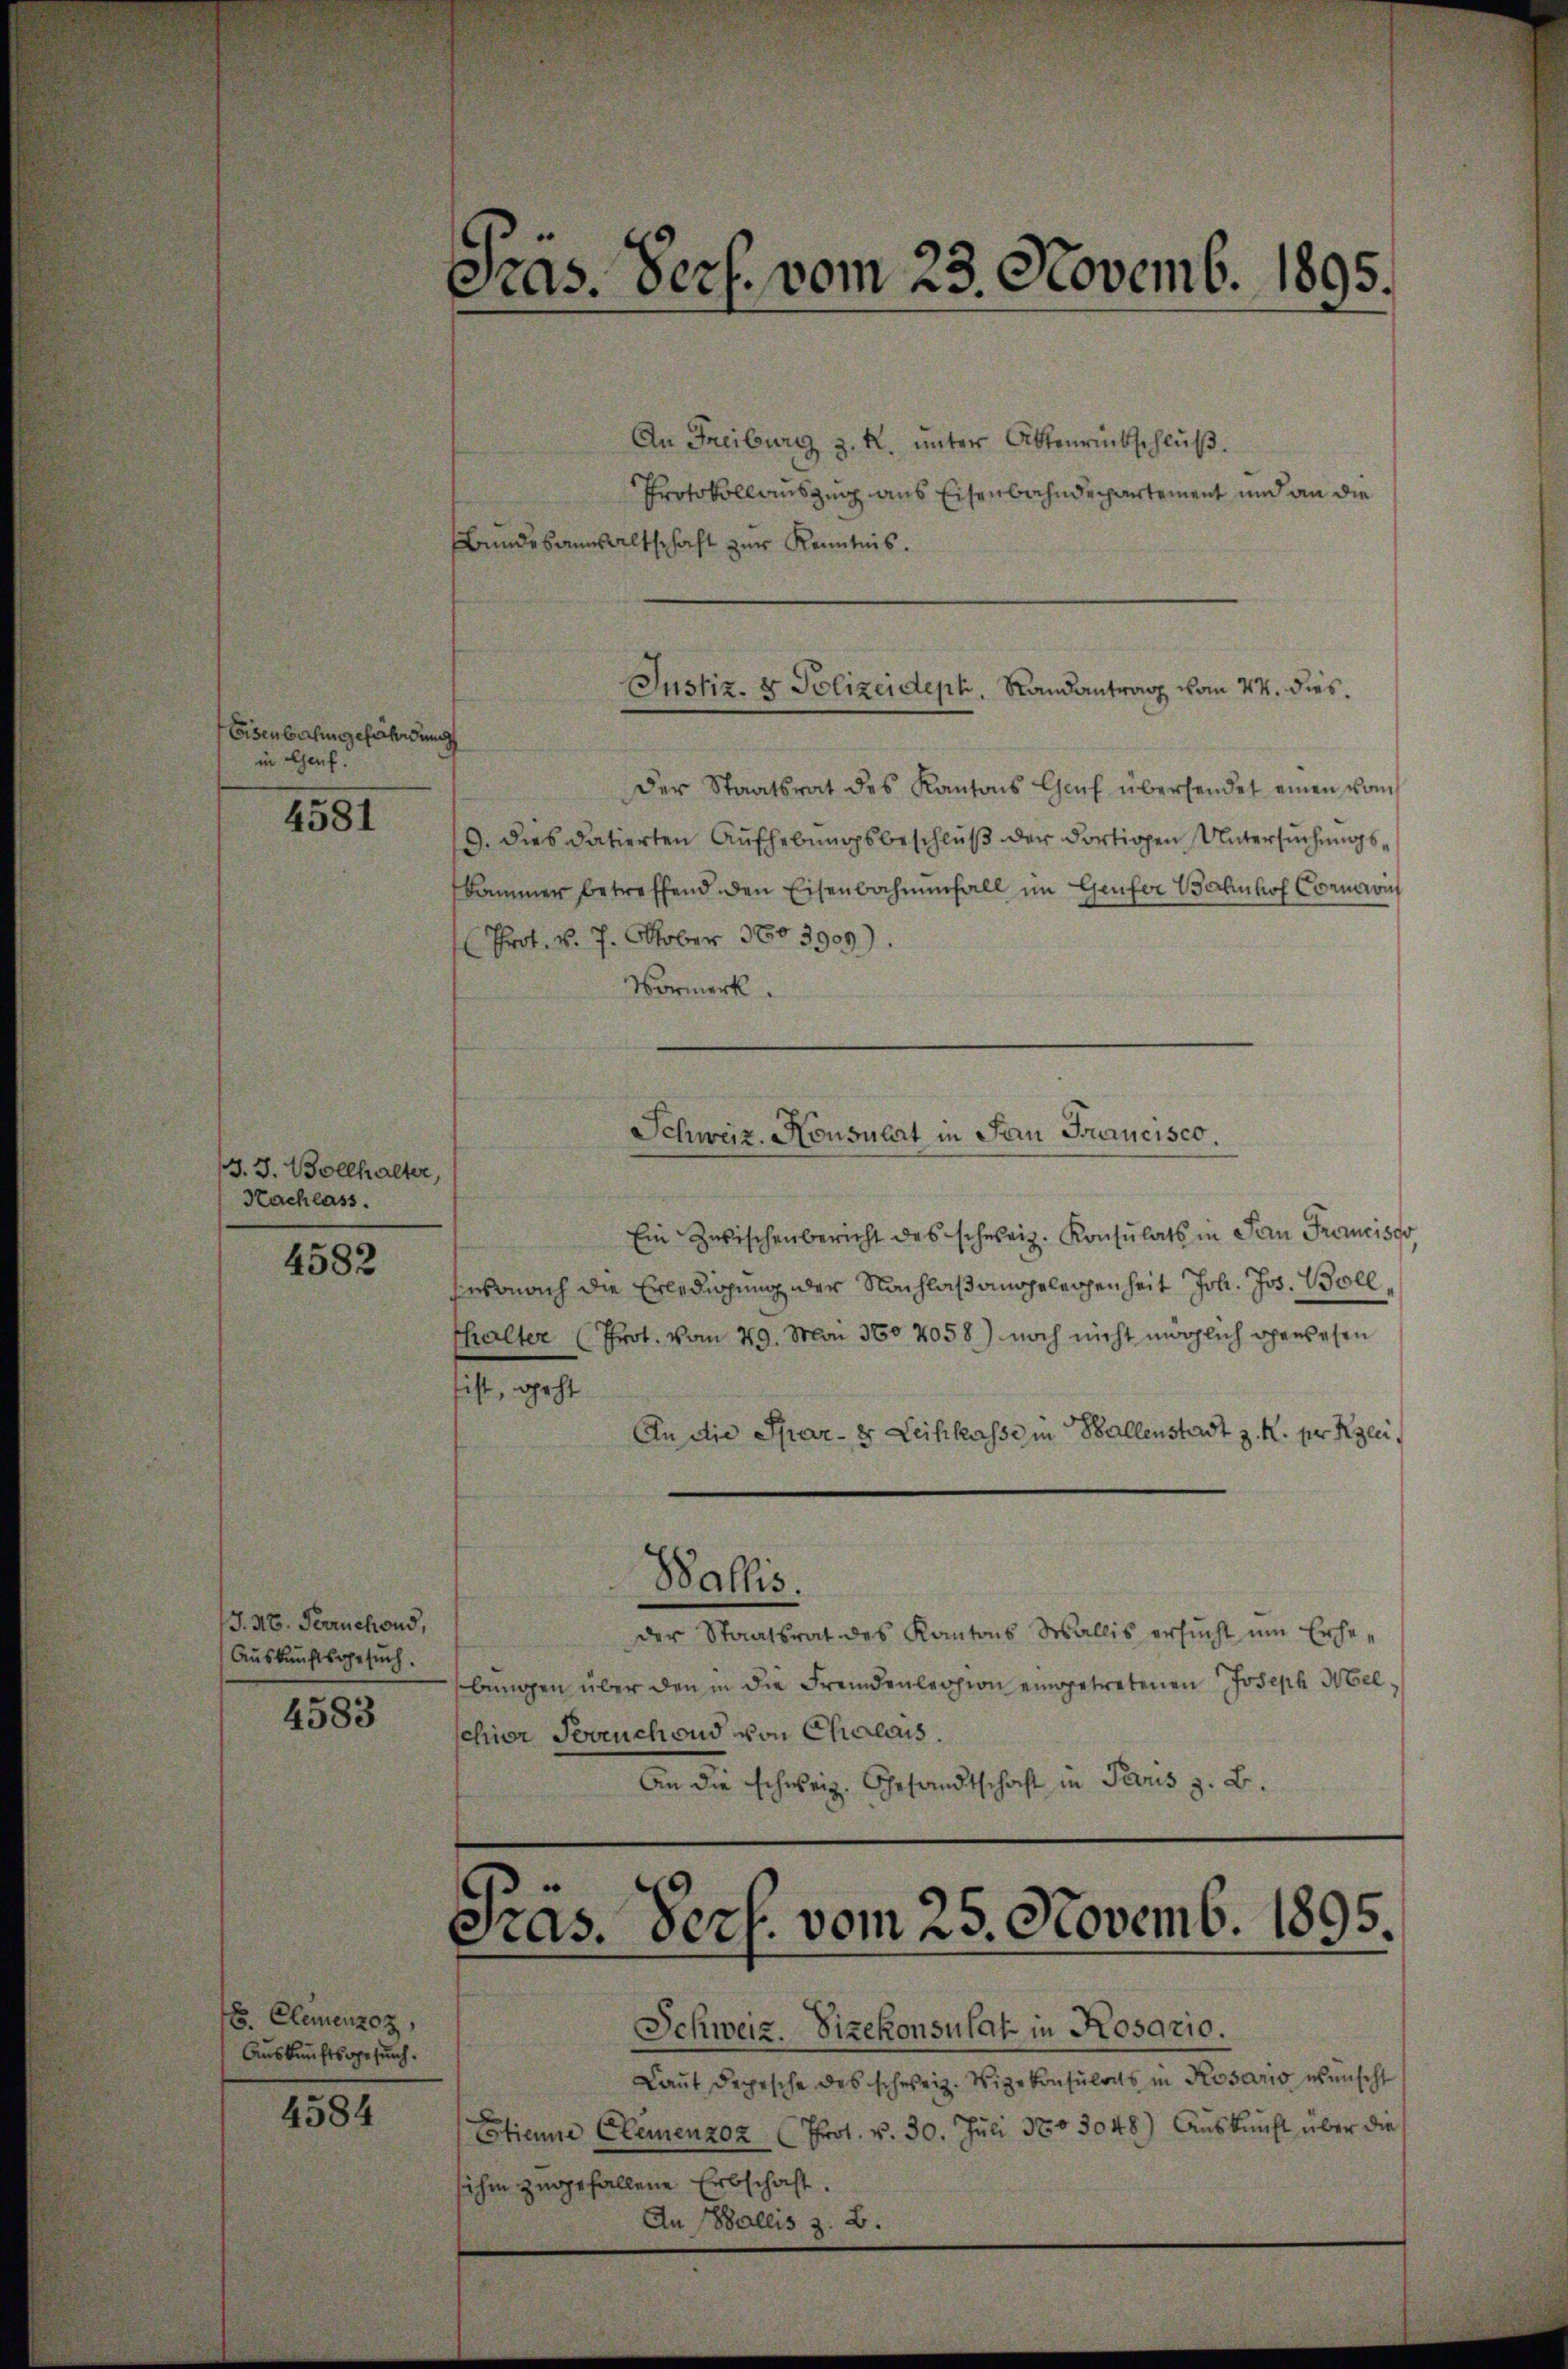
Eisenbahngefährdung
in Genf.

4581

J. J. Bollhalter,
Nachlass.

4582

J. M. Terrichond,
Auskunftsgesuch.
4583

8. Clemenzoz,
Auskunftsgesuch.

4584

Pras. Verf. vom 23. Novemb. 1895.

An Freiburg z. R. unter Aktenrückschluß.
Protokollauszug aus Eisenbahndepartement und an die
Bundesansaltschaft zur Kenntnis.
Der Staatsrat des Kantons Caŭf übersendet einen vom
9. Dies datierten Aufhebungsbeschluß der dortigen Untersuchungskammer betreffend den Eisenbahnenfall im Genfer Bahnhof Commi
Prof. v. 7. Oktober 1803909).
Vormerk.
Schweiz. Konsulat in San Francisco.
Ein Zwischenbericht des schweiz. Konsulats in San Francisco
wonach die Erledigung oder Nachlaßanggelegenheit Joh. Jos. Bollthalter (Prot. vom 29. Mai 180 4058) noch nicht möglich gewesen
fist, geht
An die Spar-8 Leihkasse in Ballenstadt z. R. per Klei
Wallis.
der Staatsrat des Kantons Wallis ersŭcht ŭm Erhebungen über den in die Fremdenlession eingetretenen Joseph Melschier Fruchend von Chalais.
An die schweiz. Gesandtschaft in Paris z. B.

Justiz- & Polizeidept. Randantrag vom 24. dies

Pras. Verf. vom 25. Novemb. 1895.

Schweiz. Sizekonsulat in Rosario.
Laut Depesche des schweiz. Vizekonsulats in Rosario wünscht
Etienne Elemenzoz (Prot. v. 30. Juli 1803048) Auskunft über die
sihm zugefallene Erbschaft.
An Wallis z. B.